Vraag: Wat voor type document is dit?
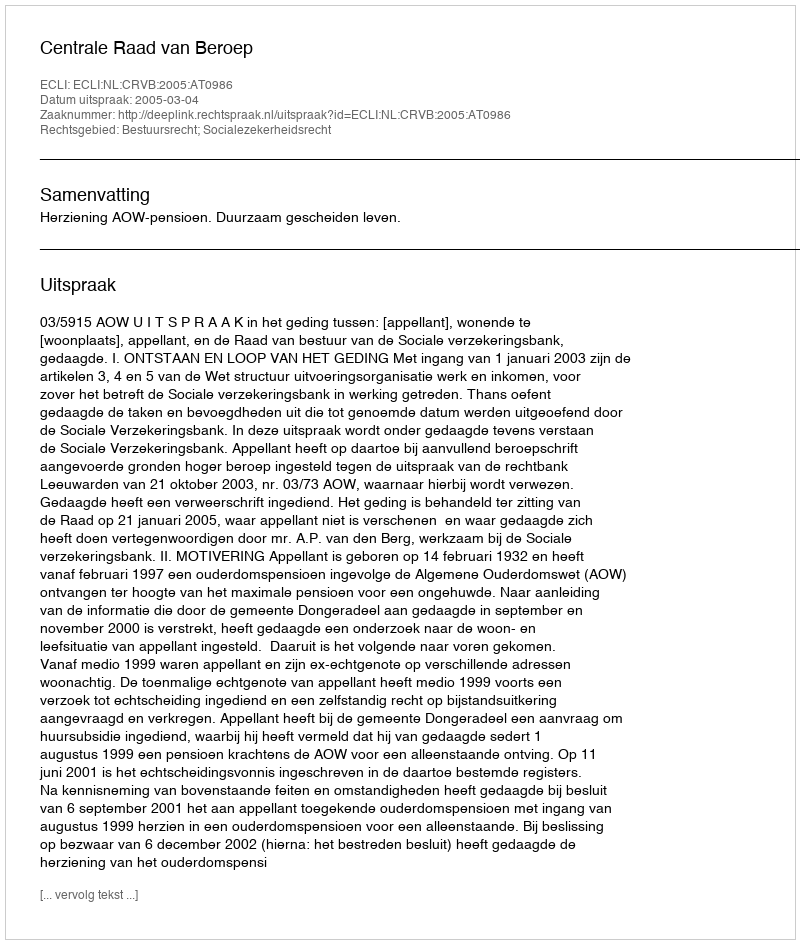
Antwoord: Uitspraak